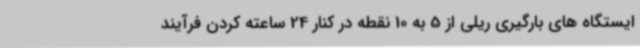
ایستگاه های بارگیری ریلی از 5 به 10 نقطه در کنار 24 ساعته کردن فرآیند